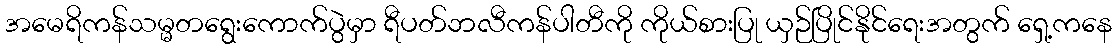
အမေရိကန်သမ္မတရွေးကောက်ပွဲမှာ ရီပတ်ဘလီကန်ပါတီကို ကိုယ်စားပြု ယှဉ်ပြိုင်နိုင်ရေးအတွက် ရှေ့ကနေ